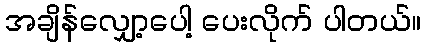
အချိန်လျှော့ပေါ့ ပေးလိုက် ပါတယ်။